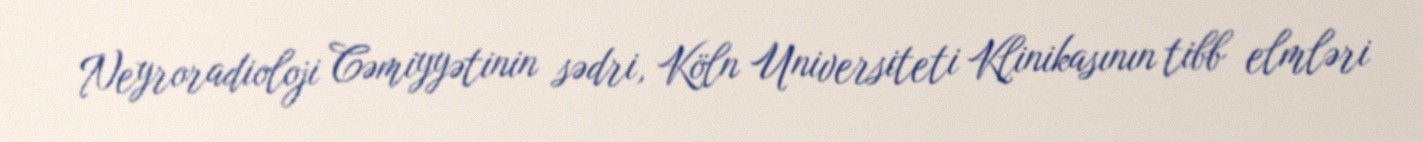
Neyroradioloji Cəmiyyətinin sədri, Köln Universiteti Klinikasının tibb elmləri